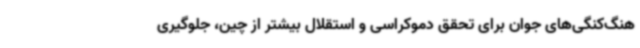
هنگ‌کنگی‌های جوان برای تحقق دموکراسی و استقلال بیشتر از چین، جلوگیری